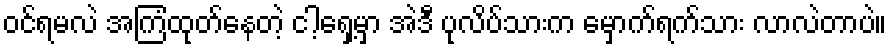
ဝင်ရမလဲ အကြံထုတ်နေတဲ့ ငါ့ရှေ့မှာ အဲဒီ ပုလိပ်သားက မှောက်ရက်သား လာလဲတာပဲ။